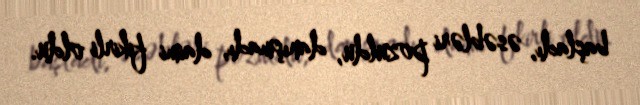
başladı, əsəbləri pozuldu, danışmadı, daimi fikirli oldu.